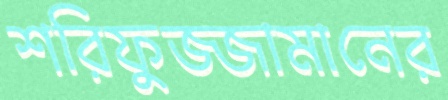
শরিফুজ্জামানের